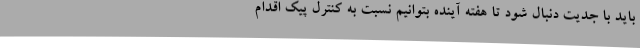
باید با جدیت دنبال شود تا هفته آینده بتوانیم نسبت به کنترل پیک اقدام